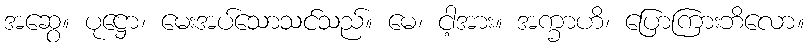
အဆွေ။ ပုဋ္ဌော၊ မေးအပ်သောသင်သည်။ မေ၊ ငါ့အား။ အက္ခာဟိ၊ ပြောကြားဘိလော။